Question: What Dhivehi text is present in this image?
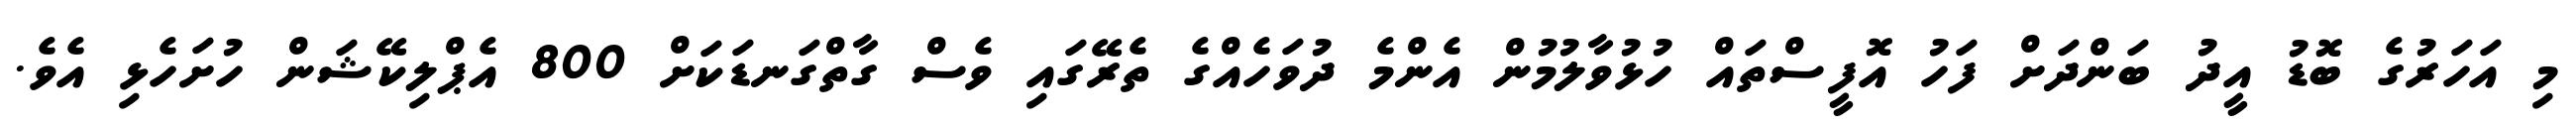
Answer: މި އަހަރުގެ ބޮޑު އީދު ބަންދަށް ފަހު އޮފީސްތައް ހުޅުވާލުމުން އެންމެ ދުވަހެއްގެ ތެރޭގައި ވެސް ގާތްގަނޑަކަށް 800 އެޕްލިކޭޝަން ހުށަހެޅި އެވެ.